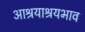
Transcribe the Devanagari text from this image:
आश्रयाश्रयभाव